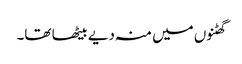
گھٹنوں میں منہ دیے بیٹھا تھا۔